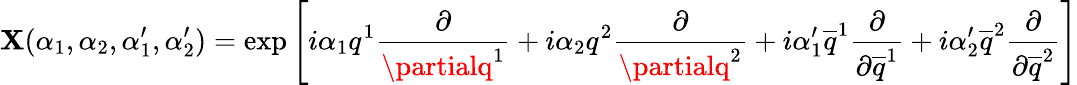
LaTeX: \mathbf{X}(\alpha_{1},\alpha_{2},\alpha_{1}^{\prime},\alpha_{2}^{\prime})=\exp\left[i\alpha_{1}q^{1}{\frac{{\partial}}{{\partialq^{1}}}}+i\alpha_{2}q^{2}{\frac{{\partial}}{{\partialq^{2}}}}+i\alpha_{1}^{\prime}\overline{{{{q}}}}^{1}{\frac{{\partial}}{{\partial\overline{{{{q}}}}^{1}}}}+i\alpha_{2}^{\prime}\overline{{{{q}}}}^{2}{\frac{{\partial}}{{\partial\overline{{{{q}}}}^{2}}}}\right]